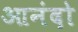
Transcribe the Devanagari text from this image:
आनंदो